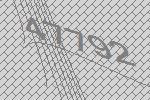
47792